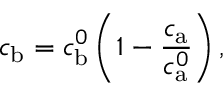
c _ { \mathrm { b } } = c _ { \mathrm { b } } ^ { 0 } \left( 1 - \frac { c _ { \mathrm { a } } } { c _ { \mathrm { a } } ^ { 0 } } \right) ,